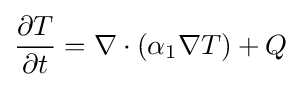
{\frac {\partial T}{\partial t}}=\nabla \cdot (\alpha _{1}\nabla T)+Q